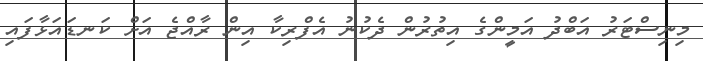
މިނިސްޓަރު އަބްދު އަމީންގެ އިތުރުން ދެކުނު އެފްރިކާ އިން ރާއްޖެ އަށް ކަނޑައަޅާފައި